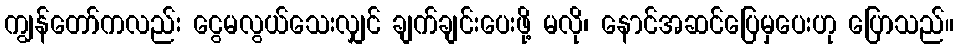
ကျွန်တော်ကလည်း ငွေမလွယ်သေးလျှင် ချက်ချင်းပေးဖို့ မလို၊ နောင်အဆင်ပြေမှပေးဟု ပြောသည်။